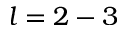
l = 2 - 3